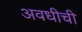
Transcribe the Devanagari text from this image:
अवधीची